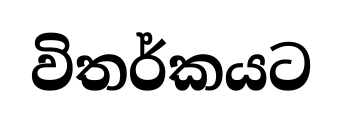
විතර්කයට